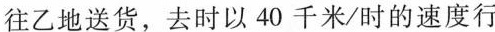
往乙地送货，去时以40千米/时的速度行